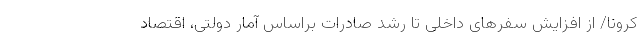
کرونا/ از افزایش سفرهای داخلی تا رشد صادرات براساس آمار دولتی، اقتصاد